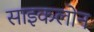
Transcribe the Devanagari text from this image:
साइकलोन